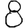
Digit: 8